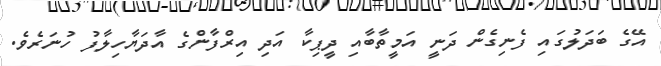
އޭގެ ބަދަލުގައި ފެނިގެން ދަނީ އަމީތާބާއި ދީޕިކާ އަދި އިރްފާންގެ އާދަޔާހިލާފު ހުނަރެވެ.